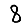
Digit: 8